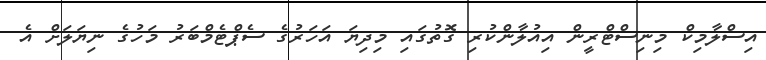
އިސްލާމިކް މިނިސްޓްރީން އިއުލާންކުރި ގޮތުގައި މިދިޔަ އަހަރުގެ ސެޕްޓެމްބަރު މަހުގެ ނިޔަލަށް އެ